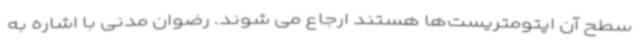
سطح آن اپتومتریست‌ها هستند ارجاع می شوند. رضوان مدنی با اشاره به